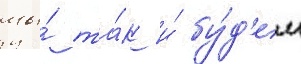
мы́ та́к и́ бу́д'ем